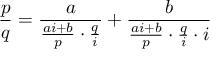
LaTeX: { \frac { p } { q } } = { \frac { a } { { \frac { a i + b } { p } } \cdot { \frac { q } { i } } } } + { \frac { b } { { \frac { a i + b } { p } } \cdot { \frac { q } { i } } \cdot { i } } }